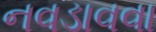
નવડાવવા